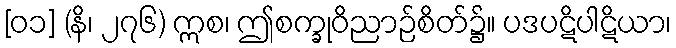
[၀၁] (နိ၊ ၂၇၆) ဣစ၊ ဤစက္ခုဝိညာဉ်စိတ်၌။ ပဒပဋိပါဋိယာ၊